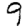
Digit: 9